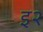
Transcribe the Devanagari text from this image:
इ२